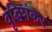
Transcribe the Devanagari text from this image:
वृद्धिशंकर